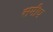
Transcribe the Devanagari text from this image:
समीप